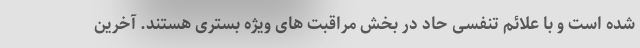
شده است و با علائم تنفسی حاد در بخش مراقبت های ویژه بستری هستند. آخرین